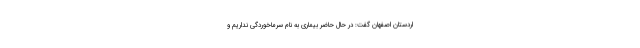
اردستان اصفهان گفت: در حال حاضر بیماری به نام سرماخوردگی نداریم و